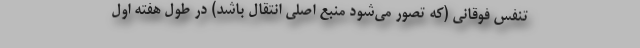
تنفس فوقانی (که تصور می‌شود منبع اصلی انتقال باشد) در طول هفته اول